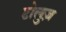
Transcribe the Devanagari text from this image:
टोलुज़